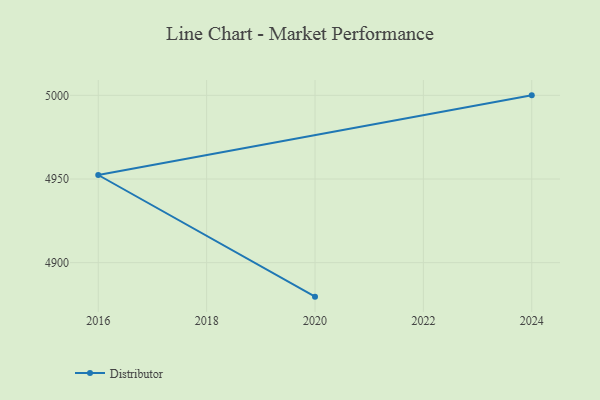
{"axis": {"x": "Year", "y": "Temperature (°C)"}, "legend": ["Distributor"], "data": [{"x": "2020", "y": 4879.7, "type": "Distributor"}, {"x": "2016", "y": 4952.4, "type": "Distributor"}, {"x": "2024", "y": 5000, "type": "Distributor"}]}